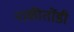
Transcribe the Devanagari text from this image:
नाकीतोंडी